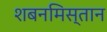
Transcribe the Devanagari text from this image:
शबनमिस्तान